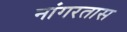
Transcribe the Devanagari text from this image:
नांगरतास